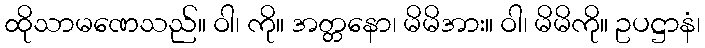
ထိုသာမဏေသည်။ ဝါ၊ ကို။ အတ္တနော၊ မိမိအား။ ဝါ၊ မိမိကို။ ဥပဋ္ဌာနံ၊